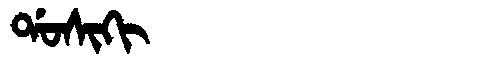
Manchu: ᡩᠣᠰᡳᡴᡳ
Romanization: DOSIKI